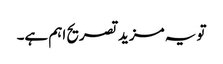
تو یہ مزید تصریح اہم ہے۔